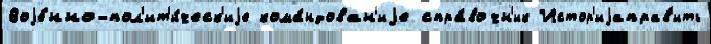
Воjе́нно-пол'ит'и́ческ'иjе кома́ндован'иjе спра́вочн'ик Истор'иjаправ'ить